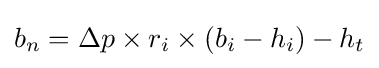
b_{n}=\Delta p\times r_{i}\times (b_{i}-h_{i})-h_{t}